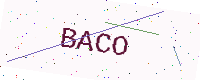
Text: BACO